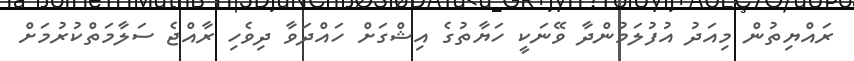
ރައްޔިތުން މިއަދު އުފުލަމުންދާ ވޭނަކީ ހަޔާތުގެ އިޝްގަށް ހައްދަވާ ދިވެހި ރާއްޖެ ސަލާމަތްކުރުމަށް